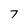
Character: 7